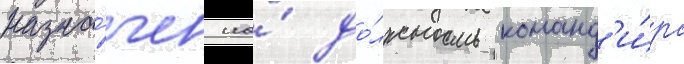
назна́чен на́ до́лжность команд'и́ра